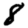
Digit: 8